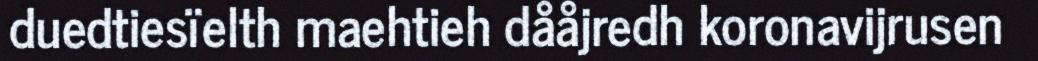
duedtiesïelth maehtieh dååjredh koronavijrusen